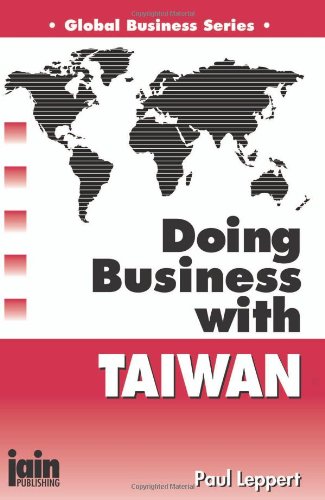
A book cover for Doing Business With Taiwan (Global Business Series); Paul Leppert; Travel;